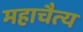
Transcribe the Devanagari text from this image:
महाचैत्‍य